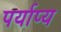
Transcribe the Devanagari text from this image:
पर्याप्य